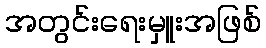
အတွင်းရေးမှူးအဖြစ်